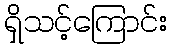
ရှိသင့်ကြောင်း